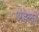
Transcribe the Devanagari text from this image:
अंडेल्को